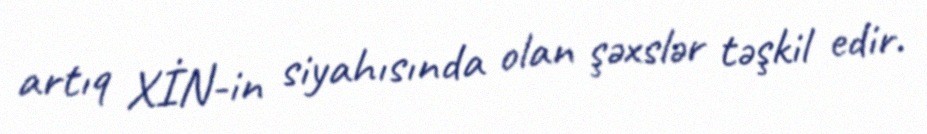
artıq XİN-in siyahısında olan şəxslər təşkil edir.